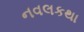
નવલકથા